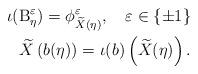
LaTeX: \begin{align*} \iota(\operatorname{B}^\varepsilon_{\eta})=\phi_{\widetilde{X}(\eta)}^\varepsilon, \quad\varepsilon\in\{\pm1\}\\ \widetilde{X}\left( b(\eta) \right) =\iota(b) \left( \widetilde{X}(\eta) \right).\end{align*}